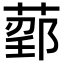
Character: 𬝰